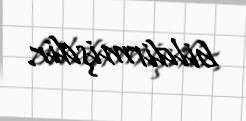
bildirmişdir.